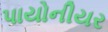
પાયોનીયર